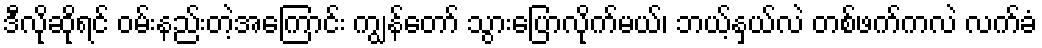
ဒီလိုဆိုရင် ဝမ်းနည်းတဲ့အကြောင်း ကျွန်တော် သွားပြောလိုက်မယ်၊ ဘယ့်နှယ်လဲ တစ်ဖက်ကလဲ လက်ခံ